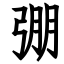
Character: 弸